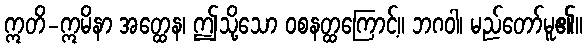
ဣတိ-ဣမိနာ အတ္ထေန၊ ဤသို့သော ဝစနတ္ထကြောင့်။ ဘဂဝါ၊ မည်တော်မူ၏။